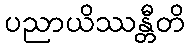
ပညာယိဿန္တီတိ